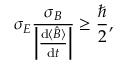
\sigma _ { E } { \frac { \sigma _ { B } } { \left| { \frac { \mathrm { d } \langle { \hat { B } } \rangle } { \mathrm { d } t } } \right| } } \geq { \frac { \hbar } { 2 } } ,